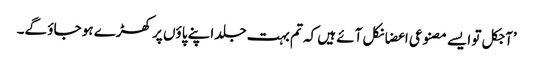
’آجکل تو ایسے مصنوعی اعضا نکل آئے ہیں کہ تم بہت جلد اپنے پاؤں پر کھڑے ہو جاؤ گے۔